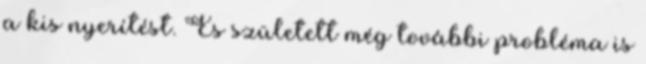
a kis nyerítést. És született még további probléma is